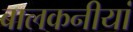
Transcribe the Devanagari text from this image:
बालकनीयां